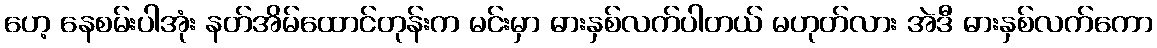
ဟေ့ နေစမ်းပါအုံး နတ်အိမ်ထောင်တုန်းက မင်းမှာ ဓားနှစ်လက်ပါတယ် မဟုတ်လား အဲဒီ ဓားနှစ်လက်ကော